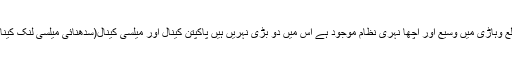
ضلع وہاڑی میں وسیع اور اچھا نہری نظام موجود ہے اس میں دو بڑی نہریں ہیں پاکپتن کینال اور میلسی کینال(سدھنائی میلسی لنک کینال)۔